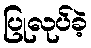
ပြုလုပ်ခဲ့